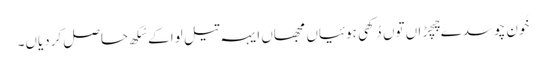
خُون چوسدے چِچڑاں توں دُکھی ہوئیاں مجھاں ایہہ تیل لوا کے سُکھ حاصل کردیاں۔